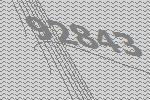
92843